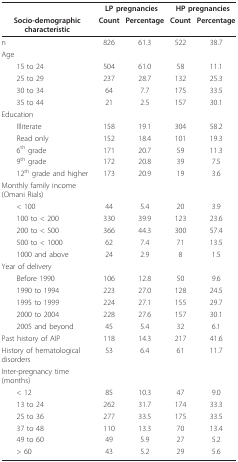
<table><thead><tr><td></td><td colspan="2"><b>LP pregnancies</b></td><td colspan="2"><b>HP pregnancies</b></td></tr><tr><td><b>Socio-demographic characteristic</b></td><td><b>Count</b></td><td><b>Percentage</b></td><td><b>Count</b></td><td><b>Percentage</b></td></tr></thead><tbody><tr><td>n</td><td>826</td><td>61.3</td><td>522</td><td>38.7</td></tr><tr><td>Age</td><td></td><td></td><td></td><td></td></tr><tr><td> 15 to 24</td><td>504</td><td>61.0</td><td>58</td><td>11.1</td></tr><tr><td> 25 to 29</td><td>237</td><td>28.7</td><td>132</td><td>25.3</td></tr><tr><td> 30 to 34</td><td>64</td><td>7.7</td><td>175</td><td>33.5</td></tr><tr><td> 35 to 44</td><td>21</td><td>2.5</td><td>157</td><td>30.1</td></tr><tr><td>Education</td><td></td><td></td><td></td><td></td></tr><tr><td> Illiterate</td><td>158</td><td>19.1</td><td>304</td><td>58.2</td></tr><tr><td> Read only</td><td>152</td><td>18.4</td><td>101</td><td>19.3</td></tr><tr><td> 6<sup>th </sup>grade</td><td>171</td><td>20.7</td><td>59</td><td>11.3</td></tr><tr><td> 9<sup>th </sup>grade</td><td>172</td><td>20.8</td><td>39</td><td>7.5</td></tr><tr><td> 12<sup>th </sup>grade and higher</td><td>173</td><td>20.9</td><td>19</td><td>3.6</td></tr><tr><td>Monthly family income (Omani Rials)</td><td></td><td></td><td></td><td></td></tr><tr><td> &lt; 100</td><td>44</td><td>5.4</td><td>20</td><td>3.9</td></tr><tr><td> 100 to &lt; 200</td><td>330</td><td>39.9</td><td>123</td><td>23.6</td></tr><tr><td> 200 to &lt; 500</td><td>366</td><td>44.3</td><td>300</td><td>57.4</td></tr><tr><td> 500 to &lt; 1000</td><td>62</td><td>7.4</td><td>71</td><td>13.5</td></tr><tr><td> 1000 and above</td><td>24</td><td>2.9</td><td>8</td><td>1.5</td></tr><tr><td>Year of delivery</td><td></td><td></td><td></td><td></td></tr><tr><td> Before 1990</td><td>106</td><td>12.8</td><td>50</td><td>9.6</td></tr><tr><td> 1990 to 1994</td><td>223</td><td>27.0</td><td>128</td><td>24.5</td></tr><tr><td> 1995 to 1999</td><td>224</td><td>27.1</td><td>155</td><td>29.7</td></tr><tr><td> 2000 to 2004</td><td>228</td><td>27.6</td><td>157</td><td>30.1</td></tr><tr><td> 2005 and beyond</td><td>45</td><td>5.4</td><td>32</td><td>6.1</td></tr><tr><td>Past history of AIP</td><td>118</td><td>14.3</td><td>217</td><td>41.6</td></tr><tr><td>History of hematological disorders</td><td>53</td><td>6.4</td><td>61</td><td>11.7</td></tr><tr><td>Inter-pregnancy time (months)</td><td></td><td></td><td></td><td></td></tr><tr><td> &lt; 12</td><td>85</td><td>10.3</td><td>47</td><td>9.0</td></tr><tr><td> 13 to 24</td><td>262</td><td>31.7</td><td>174</td><td>33.3</td></tr><tr><td> 25 to 36</td><td>277</td><td>33.5</td><td>175</td><td>33.5</td></tr><tr><td> 37 to 48</td><td>110</td><td>13.3</td><td>70</td><td>13.4</td></tr><tr><td> 49 to 60</td><td>49</td><td>5.9</td><td>27</td><td>5.2</td></tr><tr><td> &gt; 60</td><td>43</td><td>5.2</td><td>29</td><td>5.6</td></tr></tbody></table>